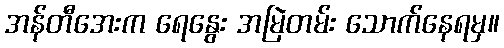
အန်တီအေးက ရေနွေး အမြဲတမ်း သောက်နေရမှ။